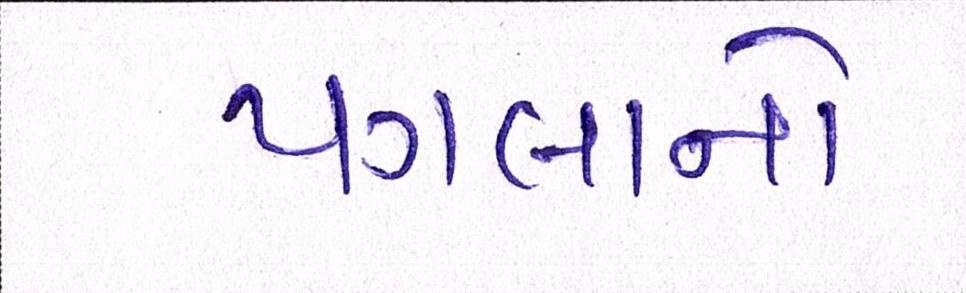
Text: પગલાનો